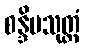
စန္ဒိမသုတ္တံ